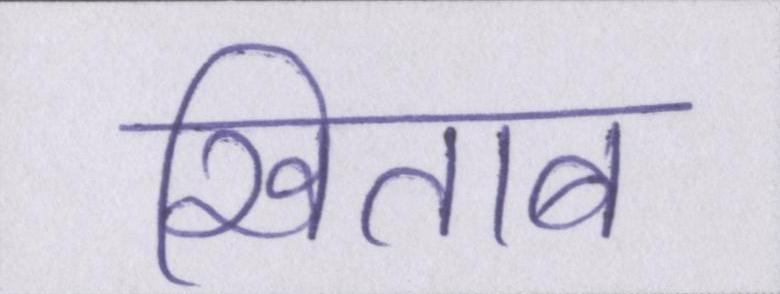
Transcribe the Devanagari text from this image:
खिताब